Vaccination Hyderabad 1890-1903 - 1890-1903
Year: 1890
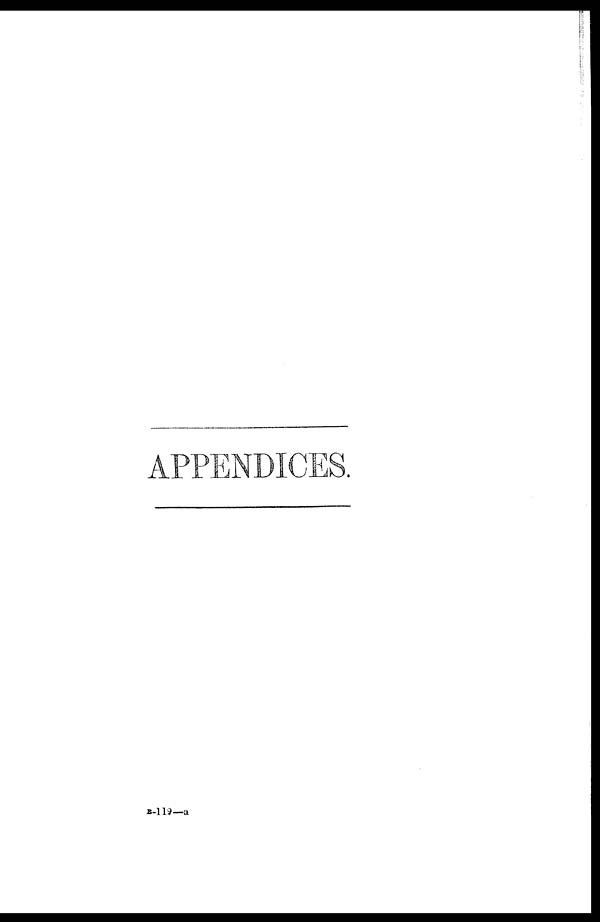
APPENDICES.
B-119— a